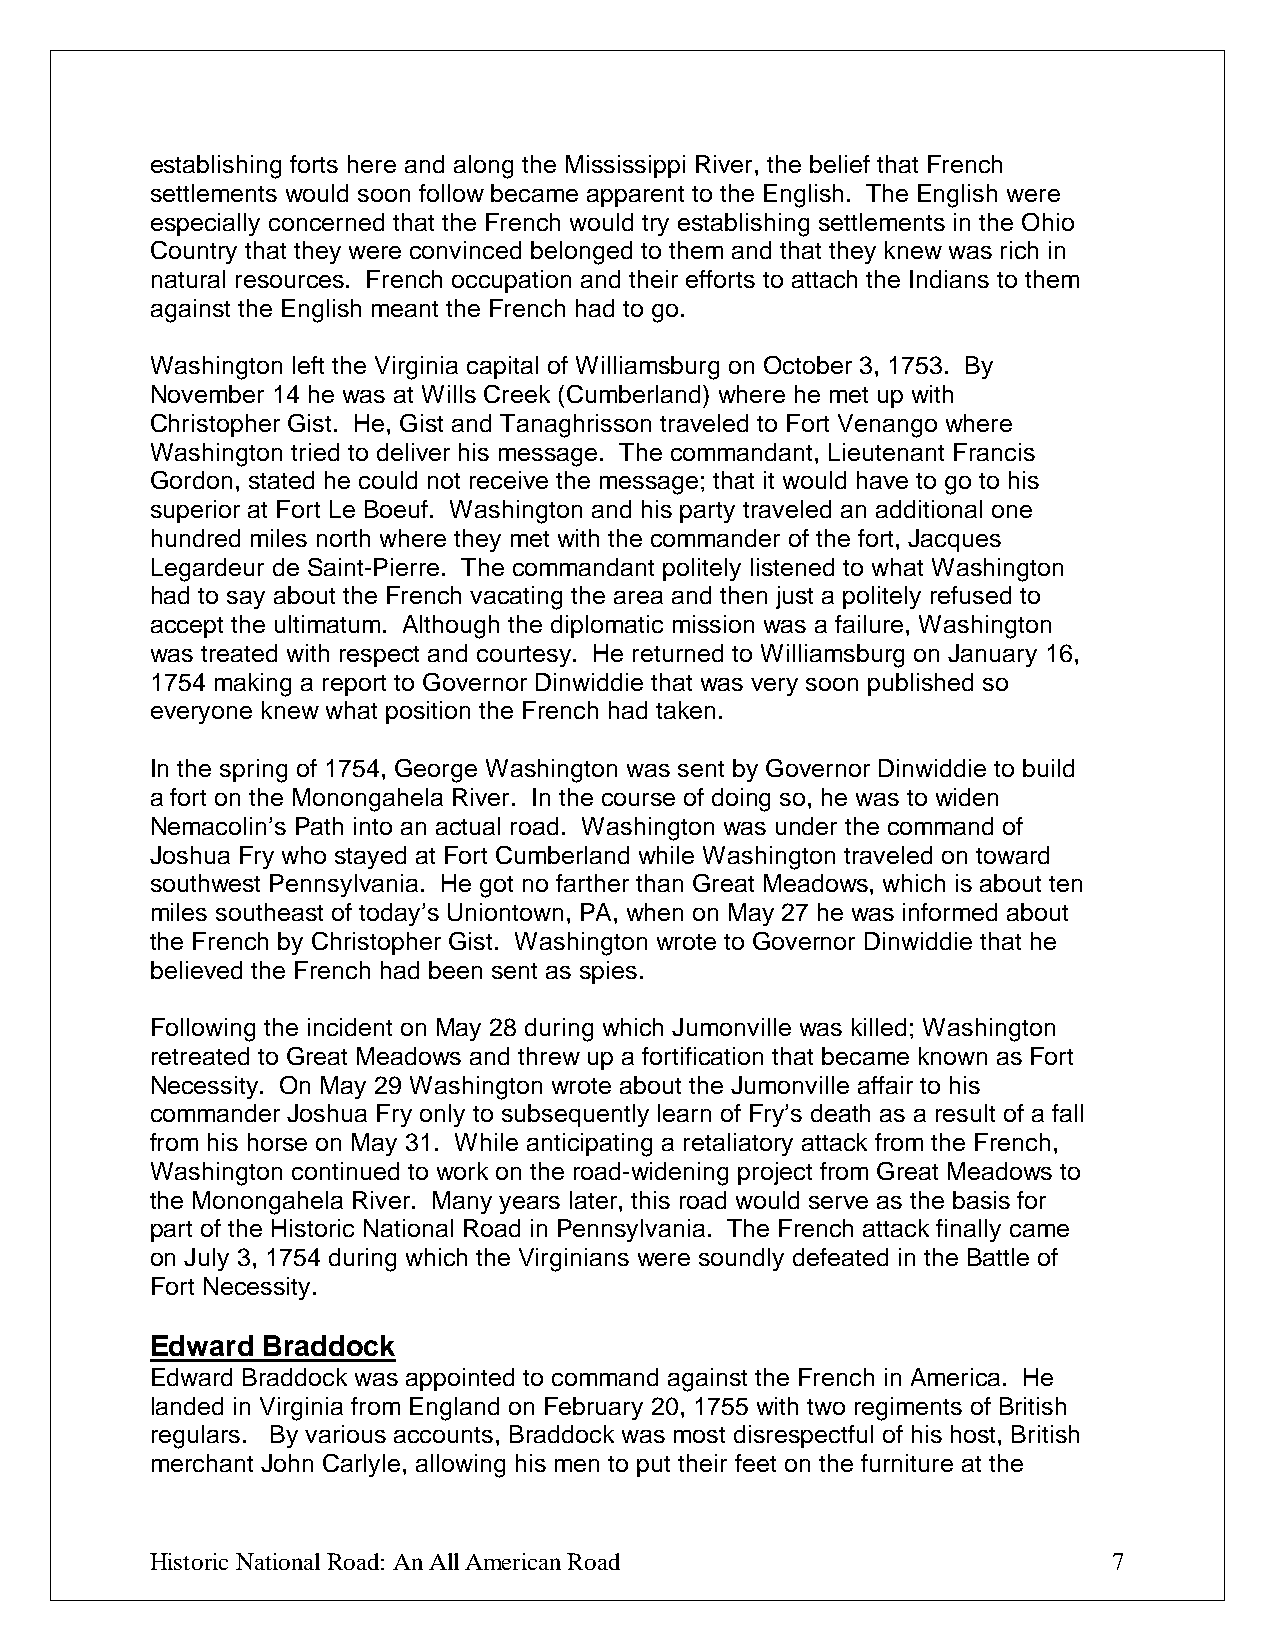
establishing forts here and along the Mississippi River, the belief that French
 settlements would soon follow became apparent to the English. The English were
 especially concerned that the French would try establishing settlements in the Ohio
 Country that they were convinced belonged to them and that they knew was rich in
 natural resources. French occupation and their efforts to attach the Indians to them
 against the English meant the French had to go.
 Washington left the Virginia capital of Williamsburg on October 3, 1753. By
 November 14 he was at Wills Creek (Cumberland) where he met up with
 Christopher Gist. He, Gist and Tanaghrisson traveled to Fort Venango where
 Washington tried to deliver his message. The commandant, Lieutenant Francis
 Gordon, stated he could not receive the message; that it would have to go to his
 superior at Fort Le Boeuf. Washington and his party traveled an additional one
 hundred miles north where they met with the commander of the fort, Jacques
 Legardeur de Saint-Pierre. The commandant politely listened to what Washington
 had to say about the French vacating the area and then just a politely refused to
 accept the ultimatum. Although the diplomatic mission was a failure, Washington
 was treated with respect and courtesy. He returned to Williamsburg on January 16,
 1754 making a report to Governor Dinwiddie that was very soon published so
 everyone knew what position the French had taken.
 In the spring of 1754, George Washington was sent by Governor Dinwiddie to build
 a fort on the Monongahela River. In the course of doing so, he was to widen
 Nemacolin’s Path into an actual road. Washington was under the command of
 Joshua Fry who stayed at Fort Cumberland while Washington traveled on toward
 southwest Pennsylvania. He got no farther than Great Meadows, which is about ten
 miles southeast of today’s Uniontown, PA, when on May 27 he was informed about
 the French by Christopher Gist. Washington wrote to Governor Dinwiddie that he
 believed the French had been sent as spies.
 Following the incident on May 28 during which Jumonville was killed; Washington
 retreated to Great Meadows and threw up a fortification that became known as Fort
 Necessity. On May 29 Washington wrote about the Jumonville affair to his
 commander Joshua Fry only to subsequently learn of Fry’s death as a result of a fall
 from his horse on May 31. While anticipating a retaliatory attack from the French,
 Washington continued to work on the road-widening project from Great Meadows to
 the Monongahela River. Many years later, this road would serve as the basis for
 part of the Historic National Road in Pennsylvania. The French attack finally came
 on July 3, 1754 during which the Virginians were soundly defeated in the Battle of
 Fort Necessity.
 Edward Braddock
 Edward Braddock was appointed to command against the French in America. He
 landed in Virginia from England on February 20, 1755 with two regiments of British
 regulars. By various accounts, Braddock was most disrespectful of his host, British
 merchant John Carlyle, allowing his men to put their feet on the furniture at the
 Historic National Road: An All American Road                    7